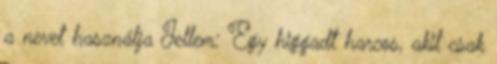
a nevet használja Jellem: Egy higgadt harcos, akit csak